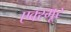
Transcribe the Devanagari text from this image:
एक्स्मूर